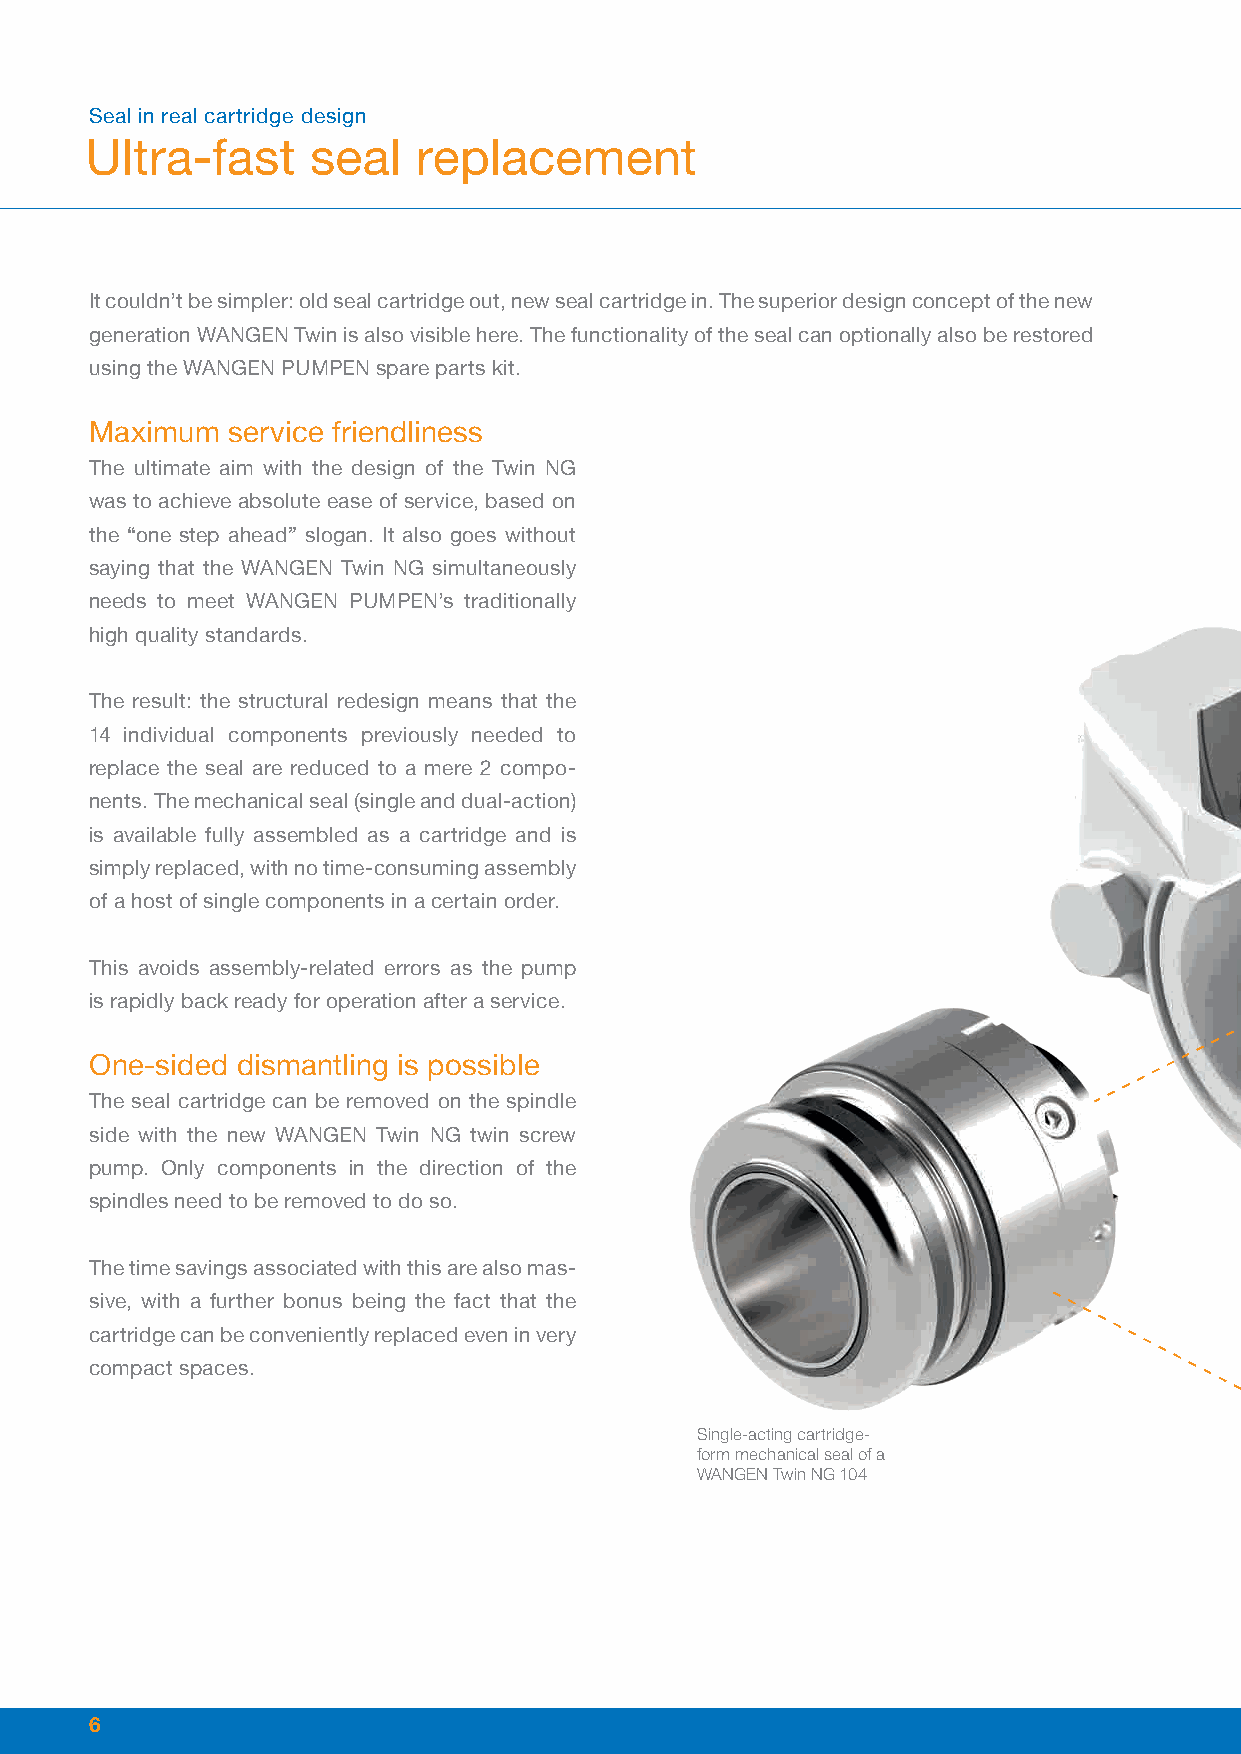
Seal in real cartridge design
 Ultra-fast     seal   replacement
 It couldn’t be simpler: old seal cartridge out, new seal cartridge in. The superior design concept of the new
 generation WANGEN Twin is also visible here. The functionality of the seal can optionally also be restored
 using the WANGEN PUMPEN spare parts kit.
 Maximum  service friendliness
 The ultimate aim with the design of the Twin NG
 was to achieve absolute ease of service, based on
 the “one step ahead” slogan. It also goes without
 saying that the WANGEN Twin NG simultaneously
 needs to meet WANGEN PUMPEN’s traditionally
 high quality standards.
 The result: the structural redesign means that the
 14 individual components previously needed to
 replace the seal are reduced to a mere 2 compo-
 nents. The mechanical seal (single and dual-action)
 is available fully assembled as a cartridge and is
 simply replaced, with no time-consuming assembly
 of a host of single components in a certain order.
 This avoids assembly-related errors as the pump
 is rapidly back ready for operation after a service.
 One-sided dismantling is possible
 The seal cartridge can be removed on the spindle
 side with the new WANGEN Twin NG twin screw
 pump. Only components in the direction of the
 spindles need to be removed to do so.
 The time savings associated with this are also mas-
 sive, with a further bonus being the fact that the
 cartridge can be conveniently replaced even in very
 compact spaces.
 Single-acting cartridge-
 form mechanical seal of a
 WANGEN Twin NG 104
 6